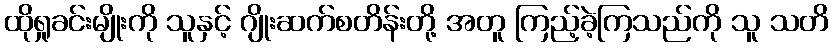
ထိုရှုခင်းမျိုးကို သူနှင့် ဂျိုးဆက်စတိန်းတို့ အတူ ကြည့်ခဲ့ကြသည်ကို သူ သတိ